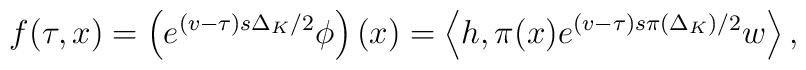
f(\tau ,x)=\left( e^{(v-\tau )s\Delta _{K}/2}\phi \right) \left( x\right)=\left\langle h,\pi (x)e^{(v-\tau )s\pi \left( \Delta _{K}\right)/2}w\right\rangle ,